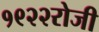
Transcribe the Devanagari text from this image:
१९२२रोजी